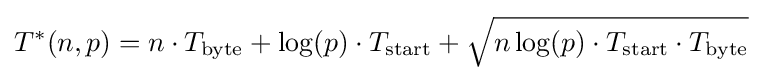
T^{*}(n,p)=n\cdot T_{\text{byte}}+\log(p)\cdot T_{\text{start}}+{\sqrt {n\log(p)\cdot T_{\text{start}}\cdot T_{\text{byte}}}}